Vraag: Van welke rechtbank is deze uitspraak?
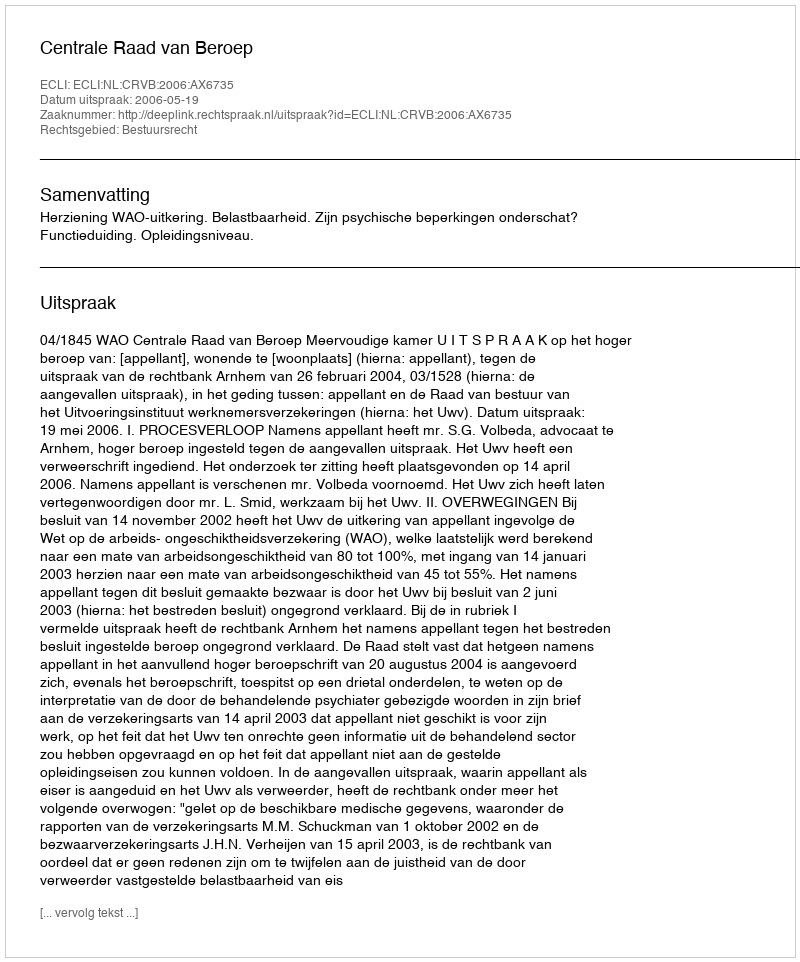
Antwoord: Centrale Raad van Beroep